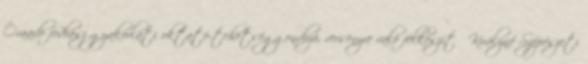
Óraadó fodrász gyakorlati oktató-tehetséggondozó, versenyre való felkészítő Királyné Szépészeti